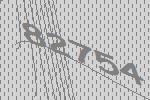
82754